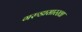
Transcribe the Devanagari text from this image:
गरुडासारखा